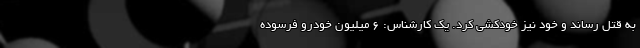
به قتل رساند و خود نیز خودکشی کرد. یک کارشناس: 6 میلیون خودرو فرسوده